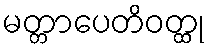
မတ္တာပေတိဝတ္ထု